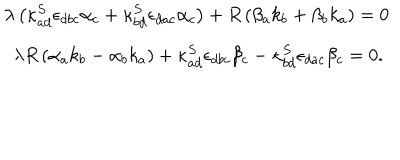
\begin{array} { l } { { \lambda \left( \kappa _ { a d } ^ { S } \epsilon _ { d b c } \alpha _ { c } + \kappa _ { b d } ^ { S } \epsilon _ { d a c } \alpha _ { c } \right) + R \left( \beta _ { a } k _ { b } + \beta _ { b } k _ { a } \right) = 0 } } \\ { { \ \ \lambda R \left( \alpha _ { a } k _ { b } - \alpha _ { b } k _ { a } \right) + \kappa _ { a d } ^ { S } \epsilon _ { d b c } \beta _ { c } - \kappa _ { b d } ^ { S } \epsilon _ { d a c } \beta _ { c } = 0 . } } \\ \end{array}